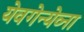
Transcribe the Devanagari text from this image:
येवगेन्येव्ना